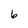
Character: 6